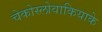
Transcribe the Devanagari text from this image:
चेकोस्लोवाकियाके